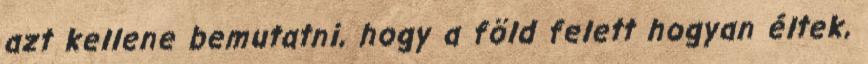
azt kellene bemutatni, hogy a föld felett hogyan éltek,